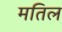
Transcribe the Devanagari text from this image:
मतिल